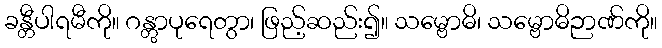
ခန္တီပါရမီကို။ ဂန္တွာပုရေတွာ၊ ဖြည့်ဆည်း၍။ သမ္ဗောဓိ၊ သမ္ဗောဓိဉာဏ်ကို။